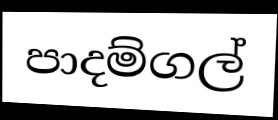
පාදම්ගල්